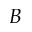
B